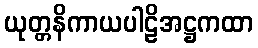
ယုတ္တနိကာယပါဠိအဋ္ဌကထာ